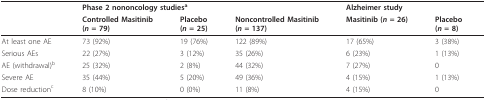
<table><thead><tr><td></td><td colspan="3"><b>Phase 2 nononcology studies<sup>a</sup></b></td><td colspan="2"><b>Alzheimer study</b></td></tr><tr><td></td><td><b>Controlled Masitinib(<i>n </i>= 79)</b></td><td><b>Placebo(<i>n </i>= 25)</b></td><td><b>Noncontrolled Masitinib(<i>n </i>= 137)</b></td><td><b>Masitinib (<i>n </i>= 26)</b></td><td><b>Placebo(<i>n </i>= 8)</b></td></tr></thead><tbody><tr><td>At least one AE</td><td>73 (92%)</td><td>19 (76%)</td><td>122 (89%)</td><td>17 (65%)</td><td>3 (38%)</td></tr><tr><td>Serious AEs</td><td>22 (27%)</td><td>3 (12%)</td><td>35 (26%)</td><td>6 (23%)</td><td>1 (13%)</td></tr><tr><td>AE (withdrawal)<sup>b</sup></td><td>25 (32%)</td><td>2 (8%)</td><td>44 (32%)</td><td>7 (27%)</td><td>0</td></tr><tr><td>Severe AE</td><td>35 (44%)</td><td>5 (20%)</td><td>49 (36%)</td><td>4 (15%)</td><td>1 (13%)</td></tr><tr><td>Dose reduction<sup>c</sup></td><td>8 (10%)</td><td>0 (0%)</td><td>11 (8%)</td><td>4 (15%)</td><td>0</td></tr></tbody></table>